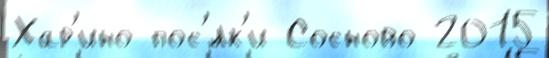
Хар'ино пос'́лк'и Сосново 2015